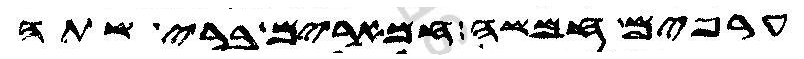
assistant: ערפים חמשה חמארים ברי שתה